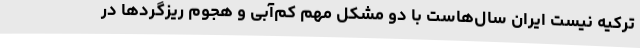
ترکیه نیست ایران سال‌هاست با دو مشکل مهم کم‌آبی و هجوم ریزگردها در